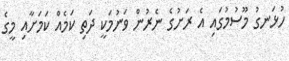
ހުޅަނގު މޫސުމުގައި އެ ރަށުގެ ނެރުން ވަނުމަކީ ދަތި ކަމެއް ކަމަށާއި މީގެ